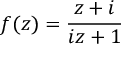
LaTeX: f ( z ) = { \frac { z + i } { i z + 1 } }